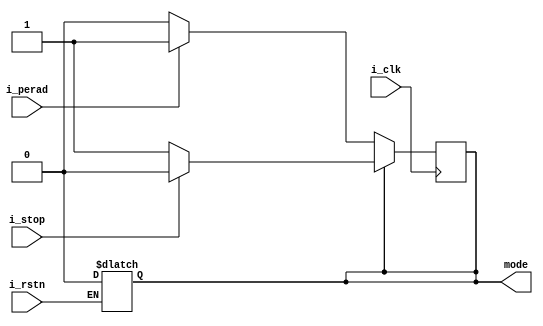
module mode_fsm
(
	output reg 		mode,
	input			i_perad,
	input			i_stop,
	input			i_clk,
	input			i_rstn
);


	always @(*) begin
		if (!i_rstn)     	  mode <= #1 1'b0;		// s0	
	end

	always @(posedge i_clk) begin
		if (mode == 0) begin
			if (i_perad == 1) mode <= #1 1'b1;		// s1
			else			  mode <= #1 1'b0;	
		end
		else if (mode == 1) begin
			if (i_stop  == 1) mode <= #1 1'b0;		// s0
			else 	  	      mode <= #1 1'b1;
		end
	end

endmodule
		

module light_fsm
(
	output reg	[8*6-1:0]	o_la,
	output reg	[8*6-1:0]	o_lb,
	input					mode,
	input					i_ta,
	input					i_tb,
	input					i_clk,
	input					i_rstn
);
	reg	   		[1:0]		state;

	always @(*) begin
		if (!i_rstn) begin
						state <= #1 2'b0;		// s0
						o_la  <= #1 "green";
						o_lb  <= #1 "red";
		end
	end

	always @(posedge i_clk) begin
		if (state == 0) begin
			if(i_ta == 1 & mode == 0) begin
						state <= #1 2'b1;		// s1
						o_la  <= #1 "yellow";
						o_lb  <= #1 "red";
			end else begin
						state <= state;
		    end
		end
		else if (state == 1) begin
						state <= #1 2'h2;		// s2
						o_la  <= #1 "red";
						o_lb  <= #1 "green";
		end
		else if (state == 2) begin
			if(i_tb == 1 & mode == 0) begin
						state <= #1 2'h3; 		// s3
						o_la  <= #1 "red";
						o_lb  <= #1 "yellow";
			end else begin
						state <= state;
		    end
	    end
		else if (state == 3) begin
						state <= #1 2'h0;		// s0
						o_la  <= #1 "green";
						o_lb  <= #1 "red";
		end
	end

endmodule